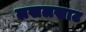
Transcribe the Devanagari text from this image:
लखलखाट